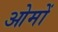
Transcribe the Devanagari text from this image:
ओमों